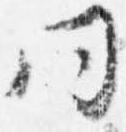
同